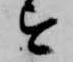
を